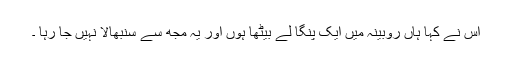
اس نے کہا ہاں روبینہ میں ایک پنگا لے بیٹھا ہوں اور یہ مجھ سے سنبھالا نہیں جا رہا ۔